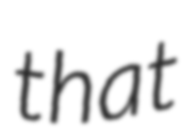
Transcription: that